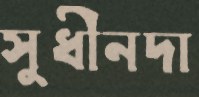
সুধীনদা